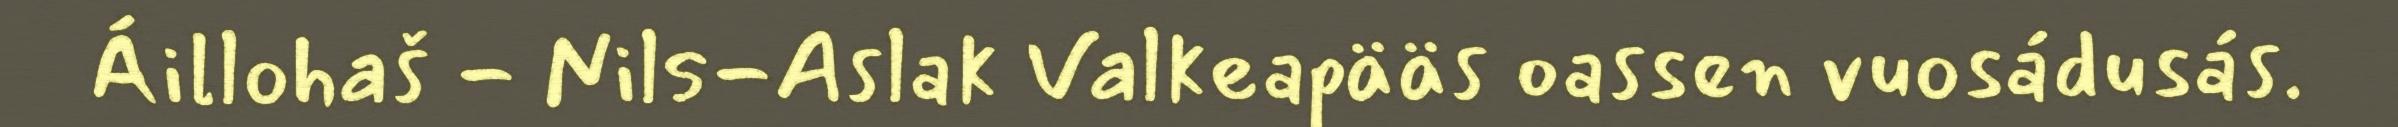
Áillohaš - Nils-Aslak Valkeapääs oassen vuosádusás.